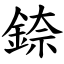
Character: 錼